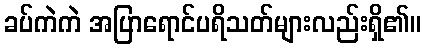
ခပ်ကဲကဲ အပြာရောင်ပရိသတ်များလည်းရှိ၏။